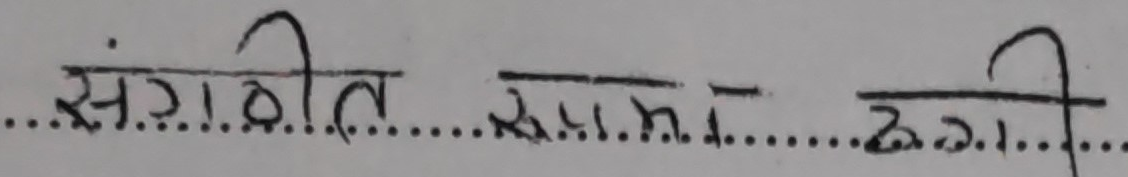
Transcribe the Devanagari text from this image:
संगठीत रुपमा ढंगले